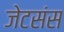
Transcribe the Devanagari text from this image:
जेटसंस